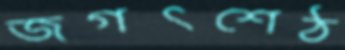
জগৎশেঠ